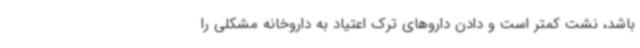
باشد، نشت کمتر است و دادن داروهای ترک اعتیاد به داروخانه مشکلی را